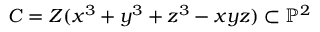
C = Z ( x ^ { 3 } + y ^ { 3 } + z ^ { 3 } - x y z ) \subset \mathbb { P } ^ { 2 }